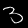
Digit: 3